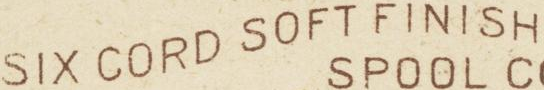
SIX COED SOFT FINISH